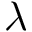
\lambda